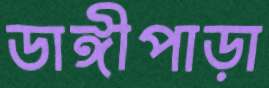
ডাঙ্গীপাড়া